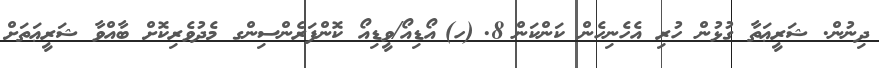
ދިނުން. ޝަރީޢަތާ ގުޅުން ހުރި އެހެނިހެން ކަންކަން	8.	(ހ)	އޯޑިއޯ/ވީޑިއޯ ކޮންފަރެންސިންގ މެދުވެރިކޮށް ބާއްވާ ޝަރީޢަތަށް